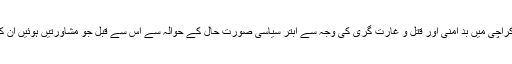
٭	کراچی سے ارکان شوریٰ کی گفتگو کی روشنی میں طے پایا کہ کراچی میں بد امنی اور قتل و غارت گری کی وجہ سے ابتر سیاسی صورت حال کے حوالہ سے اس سے قبل جو مشاورتیں ہوئیں ان کی سفارشات کو از سر نو دیکھا جائے او رمتعین اقدامات کیے جائیں ۔